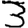
Digit: 3